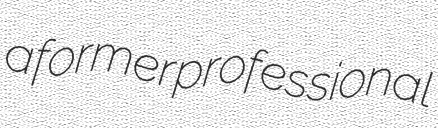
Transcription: a former professional